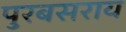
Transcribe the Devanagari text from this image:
पुरबसराय